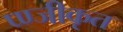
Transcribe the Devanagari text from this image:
प्ण्जीकृत